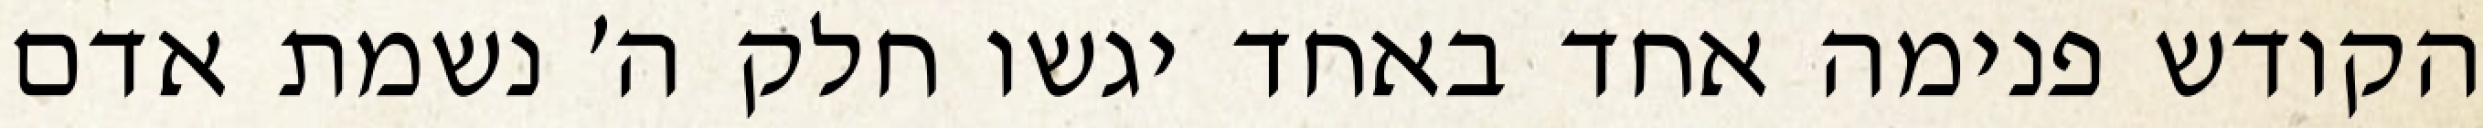
הקודש פנימה אחד באחד יגשו חלק ה׳ נשמת אדם